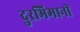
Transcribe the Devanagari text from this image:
दुरभिमानी